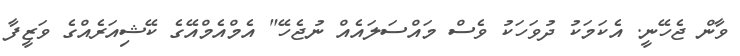
ވާން ޖެހޭނީ. އެކަމަކު ދުވަހަކު ވެސް މައްސަލައެއް ނުޖެހޭ" އެމްއެމްއޭގެ ކޭޝިއަރެއްގެ ވަޒީފާ